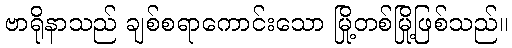
ဗာရိုနာသည် ချစ်စရာကောင်းသော မြို့တစ်မြို့ဖြစ်သည်။